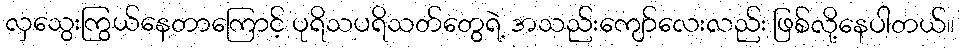
လှသွေးကြွယ်နေတာကြောင့် ပုရိသပရိသတ်တွေရဲ့ အသည်းကျော်လေးလည်း ဖြစ်လို့နေပါတယ်။